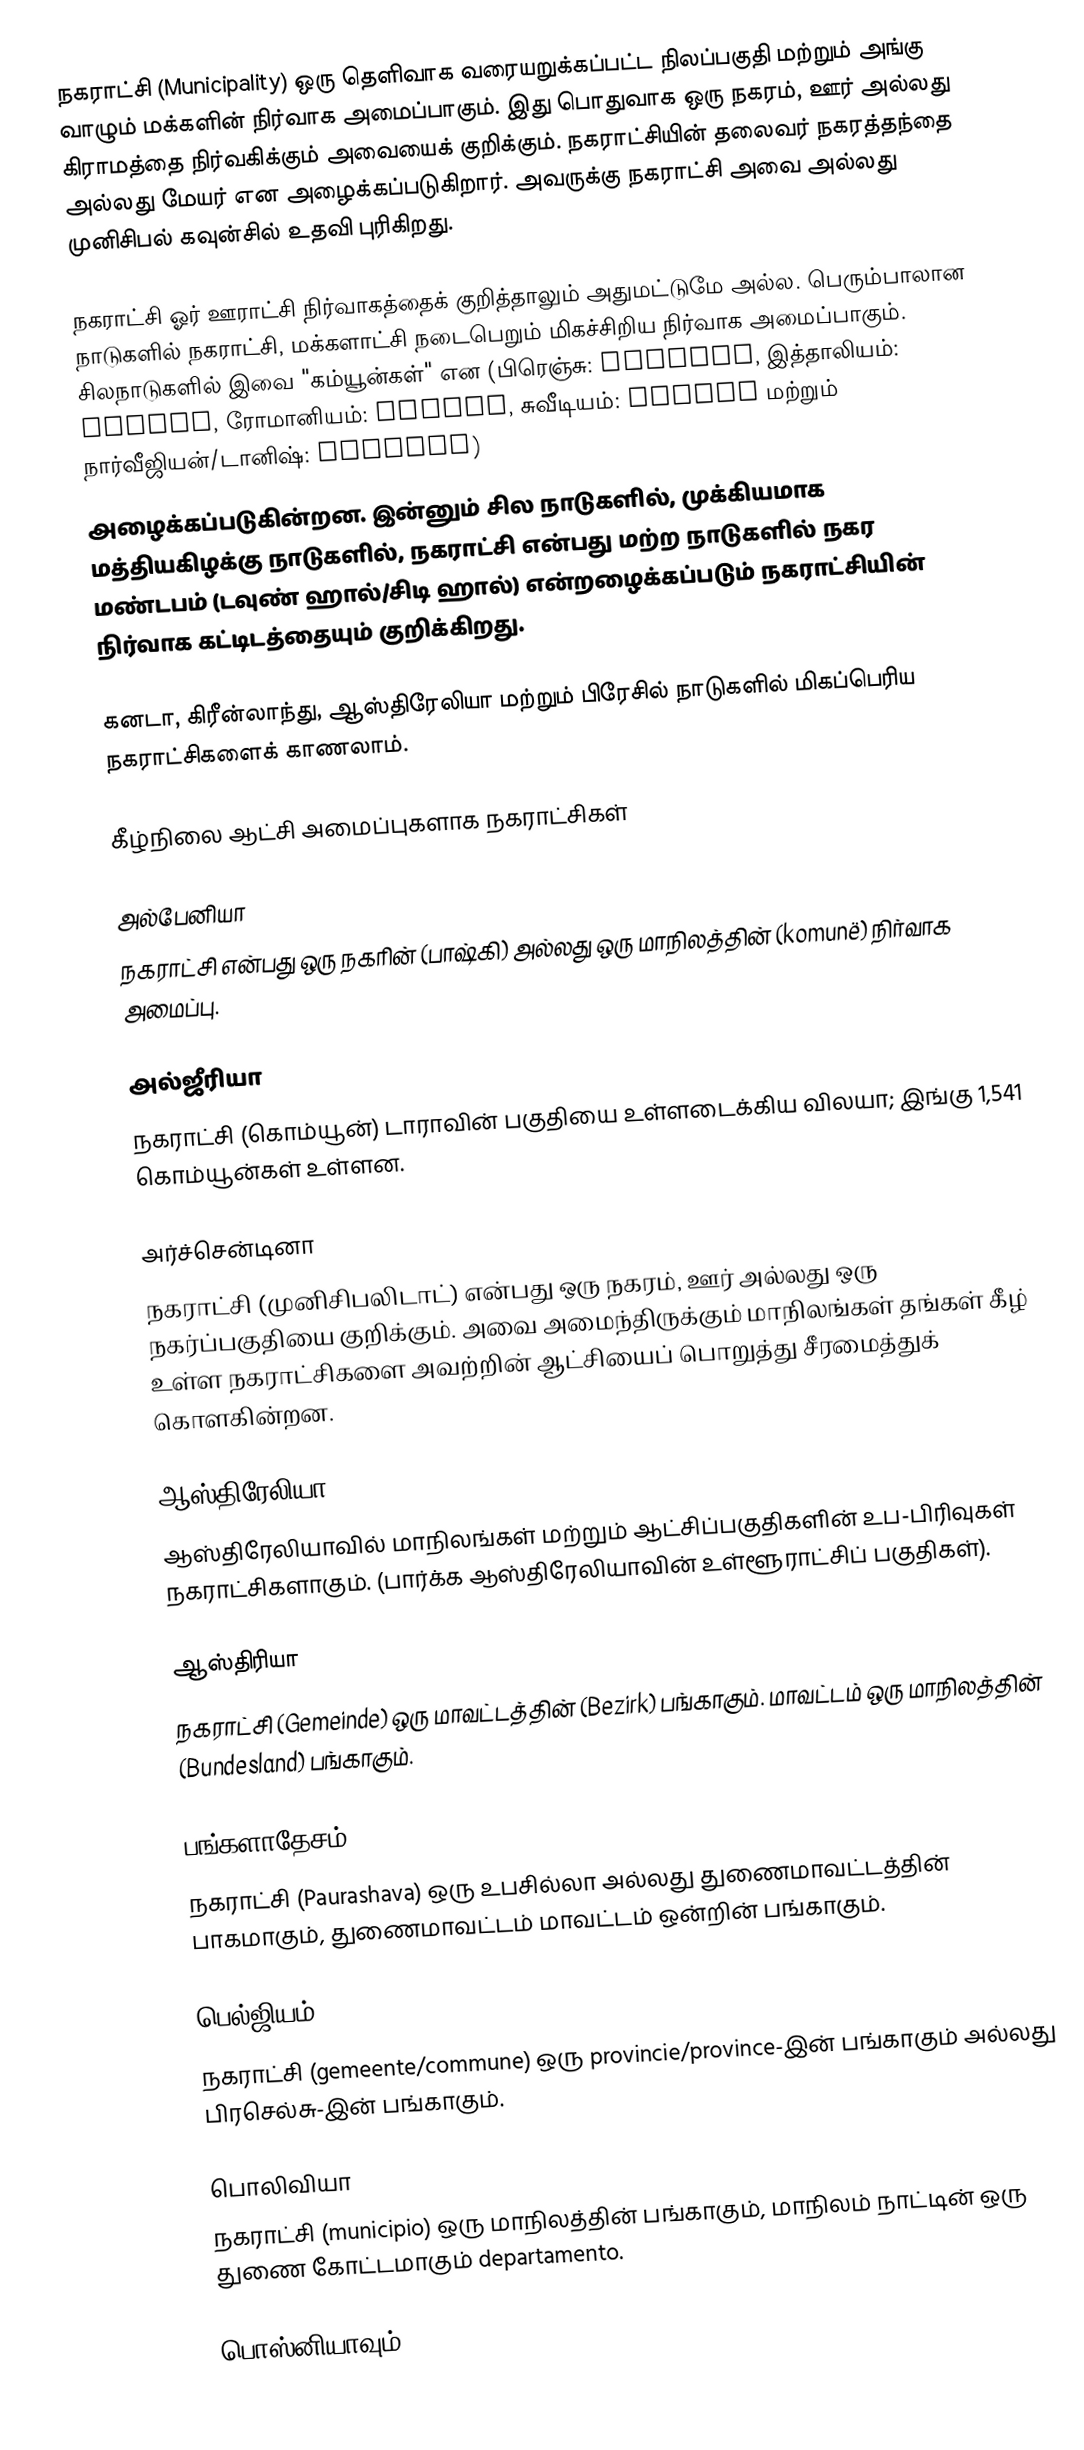
நகராட்சி (Municipality) ஒரு தெளிவாக வரையறுக்கப்பட்ட நிலப்பகுதி மற்றும் அங்கு வாழும் மக்களின் நிர்வாக அமைப்பாகும்.   இது பொதுவாக ஒரு நகரம், ஊர் அல்லது கிராமத்தை நிர்வகிக்கும் அவையைக் குறிக்கும். நகராட்சியின் தலைவர் நகரத்தந்தை அல்லது மேயர் என அழைக்கப்படுகிறார். அவருக்கு நகராட்சி அவை அல்லது முனிசிபல் கவுன்சில் உதவி புரிகிறது.

நகராட்சி ஓர் ஊராட்சி நிர்வாகத்தைக் குறித்தாலும் அதுமட்டுமே அல்ல. பெரும்பாலான நாடுகளில் நகராட்சி, மக்களாட்சி நடைபெறும் மிகச்சிறிய நிர்வாக அமைப்பாகும். சிலநாடுகளில் இவை "கம்யூன்கள்"   என (பிரெஞ்சு: commune, இத்தாலியம்: comune, ரோமானியம்: comună, சுவீடியம்: kommun மற்றும் நார்வீஜியன்/டானிஷ்: kommune)
அழைக்கப்படுகின்றன. இன்னும் சில நாடுகளில், முக்கியமாக மத்தியகிழக்கு நாடுகளில், நகராட்சி என்பது மற்ற நாடுகளில் நகர மண்டபம் (டவுண் ஹால்/சிடி ஹால்) என்றழைக்கப்படும் நகராட்சியின் நிர்வாக கட்டிடத்தையும் குறிக்கிறது.

கனடா, கிரீன்லாந்து, ஆஸ்திரேலியா மற்றும் பிரேசில் நாடுகளில் மிகப்பெரிய நகராட்சிகளைக் காணலாம்.

கீழ்நிலை ஆட்சி அமைப்புகளாக நகராட்சிகள்

அல்பேனியா
நகராட்சி என்பது ஒரு நகரின் (பாஷ்கி) அல்லது ஒரு மாநிலத்தின் (komunë) நிர்வாக அமைப்பு.

அல்ஜீரியா
நகராட்சி (கொம்யூன்) டாராவின் பகுதியை உள்ளடைக்கிய விலயா; இங்கு 1,541 கொம்யூன்கள் உள்ளன.

அர்ச்சென்டினா
நகராட்சி (முனிசிபலிடாட்) என்பது ஒரு நகரம், ஊர் அல்லது ஒரு நகர்ப்பகுதியை குறிக்கும். அவை அமைந்திருக்கும் மாநிலங்கள் தங்கள் கீழ் உள்ள நகராட்சிகளை அவற்றின் ஆட்சியைப் பொறுத்து சீரமைத்துக் கொளகின்றன.

ஆஸ்திரேலியா
ஆஸ்திரேலியாவில் மாநிலங்கள் மற்றும் ஆட்சிப்பகுதிகளின் உப-பிரிவுகள் நகராட்சிகளாகும். (பார்க்க ஆஸ்திரேலியாவின் உள்ளூராட்சிப் பகுதிகள்).

ஆஸ்திரியா
நகராட்சி (Gemeinde) ஒரு மாவட்டத்தின் (Bezirk) பங்காகும். மாவட்டம் ஒரு மாநிலத்தின் (Bundesland) பங்காகும்.

பங்களாதேசம்
நகராட்சி (Paurashava) ஒரு உபசில்லா அல்லது துணைமாவட்டத்தின் பாகமாகும், துணைமாவட்டம் மாவட்டம் ஒன்றின் பங்காகும்.

பெல்ஜியம்
நகராட்சி (gemeente/commune) ஒரு provincie/province-இன் பங்காகும் அல்லது பிரசெல்சு-இன் பங்காகும்.

பொலிவியா
நகராட்சி (municipio) ஒரு மாநிலத்தின் பங்காகும், மாநிலம் நாட்டின் ஒரு துணை கோட்டமாகும் departamento.

பொஸ்னியாவும்,